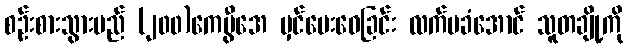
စဉ်းစားသွားမည် (၂၀၀)ကေဗွီအေ မှင်ပေးဝေခြင်း လက်မခံအောင် သူတချို့ကို